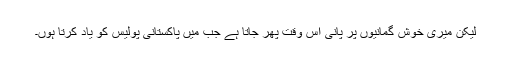
لیکن میری خوش گمانیوں پر پانی اس وقت پھر جاتا ہے جب میں پاکستانی پولیس کو یاد کرتا ہوں۔